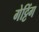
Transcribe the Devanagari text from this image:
गेट्टिंग